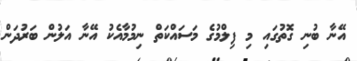
އޭނާ ބުނި ގޮތުގައި މި ފިލްމުގެ މަސައްކަތް ނިމުމާއެކު އޭނާ އަލުން ބަރުދަން